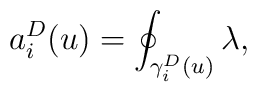
a_{i}^D (u) = \oint_{\gamma_{i}^D (u)} \lambda,